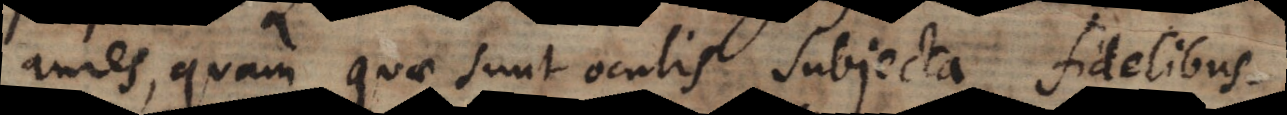
aures, quam quae sunt oculis subjecta fidelibus.